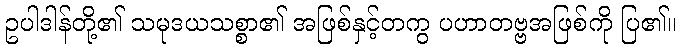
ဥပါဒါန်တို့၏ သမုဒယသစ္စာ၏ အဖြစ်နှင့်တကွ ပဟာတဗ္ဗအဖြစ်ကို ပြ၏။